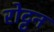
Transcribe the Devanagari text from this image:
रोट्टन